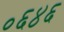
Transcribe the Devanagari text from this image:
०६४६